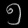
Digit: ၅